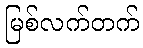
မြစ်လက်တက်